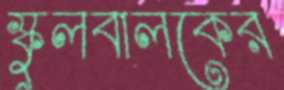
স্কুলবালকের